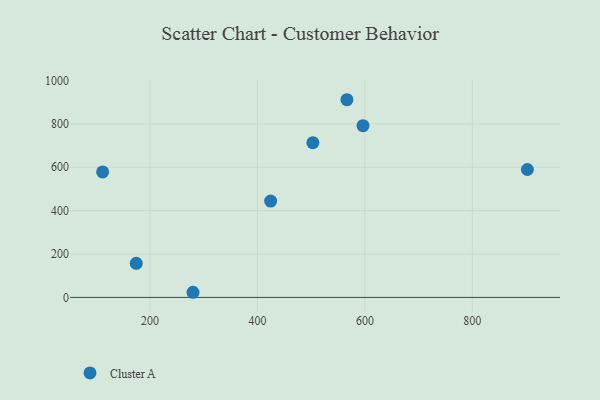
{"axis": {"x": "Investment", "y": "Rating"}, "legend": ["Cluster A"], "data": [{"x": "174.5", "y": 157.2, "type": "Cluster A"}, {"x": "111.9", "y": 578.7, "type": "Cluster A"}, {"x": "424.6", "y": 444.2, "type": "Cluster A"}, {"x": "280.1", "y": 23.7, "type": "Cluster A"}, {"x": "902.4", "y": 589.7, "type": "Cluster A"}, {"x": "566.6", "y": 911.5, "type": "Cluster A"}, {"x": "596.5", "y": 791.9, "type": "Cluster A"}, {"x": "503.2", "y": 713.3, "type": "Cluster A"}]}